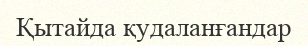
Қытайда қудаланғандар